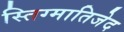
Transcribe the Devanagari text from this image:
स्तिग्मातिजेद